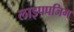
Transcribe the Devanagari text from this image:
लाइपपजिग